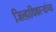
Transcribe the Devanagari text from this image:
जिल्हाधिकाऱ्यांच्या